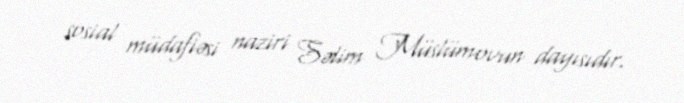
sosial müdafiəsi naziri Səlim Müslümovun dayısıdır.